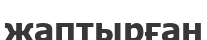
жаптырған